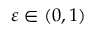
\ensuremath { \varepsilon } \in \left( 0 , 1 \right)